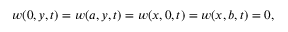
w ( 0 , y , t ) = w ( a , y , t ) = w ( x , 0 , t ) = w ( x , b , t ) = 0 ,